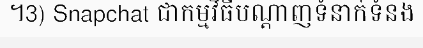
។3) Snapchat ជាកម្មវិធីបណ្តាញទំនាក់ទំនង